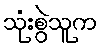
သုံးစွဲသူက